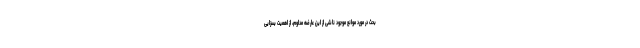
بحث در مورد موانع موجودِ ناشی از این عارضه مداوم، از اهمیت بسزایی